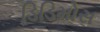
ડિડિમોસ